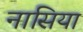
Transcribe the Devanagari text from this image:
नासिया